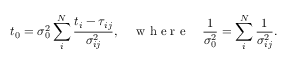
t _ { 0 } = \sigma _ { 0 } ^ { 2 } \sum _ { i } ^ { N } \frac { t _ { i } - \tau _ { i j } } { \sigma _ { i j } ^ { 2 } } , \quad \mathrm { ~ w ~ h ~ e ~ r ~ e ~ } \quad \frac { 1 } { \sigma _ { 0 } ^ { 2 } } = \sum _ { i } ^ { N } \frac { 1 } { \sigma _ { i j } ^ { 2 } } .